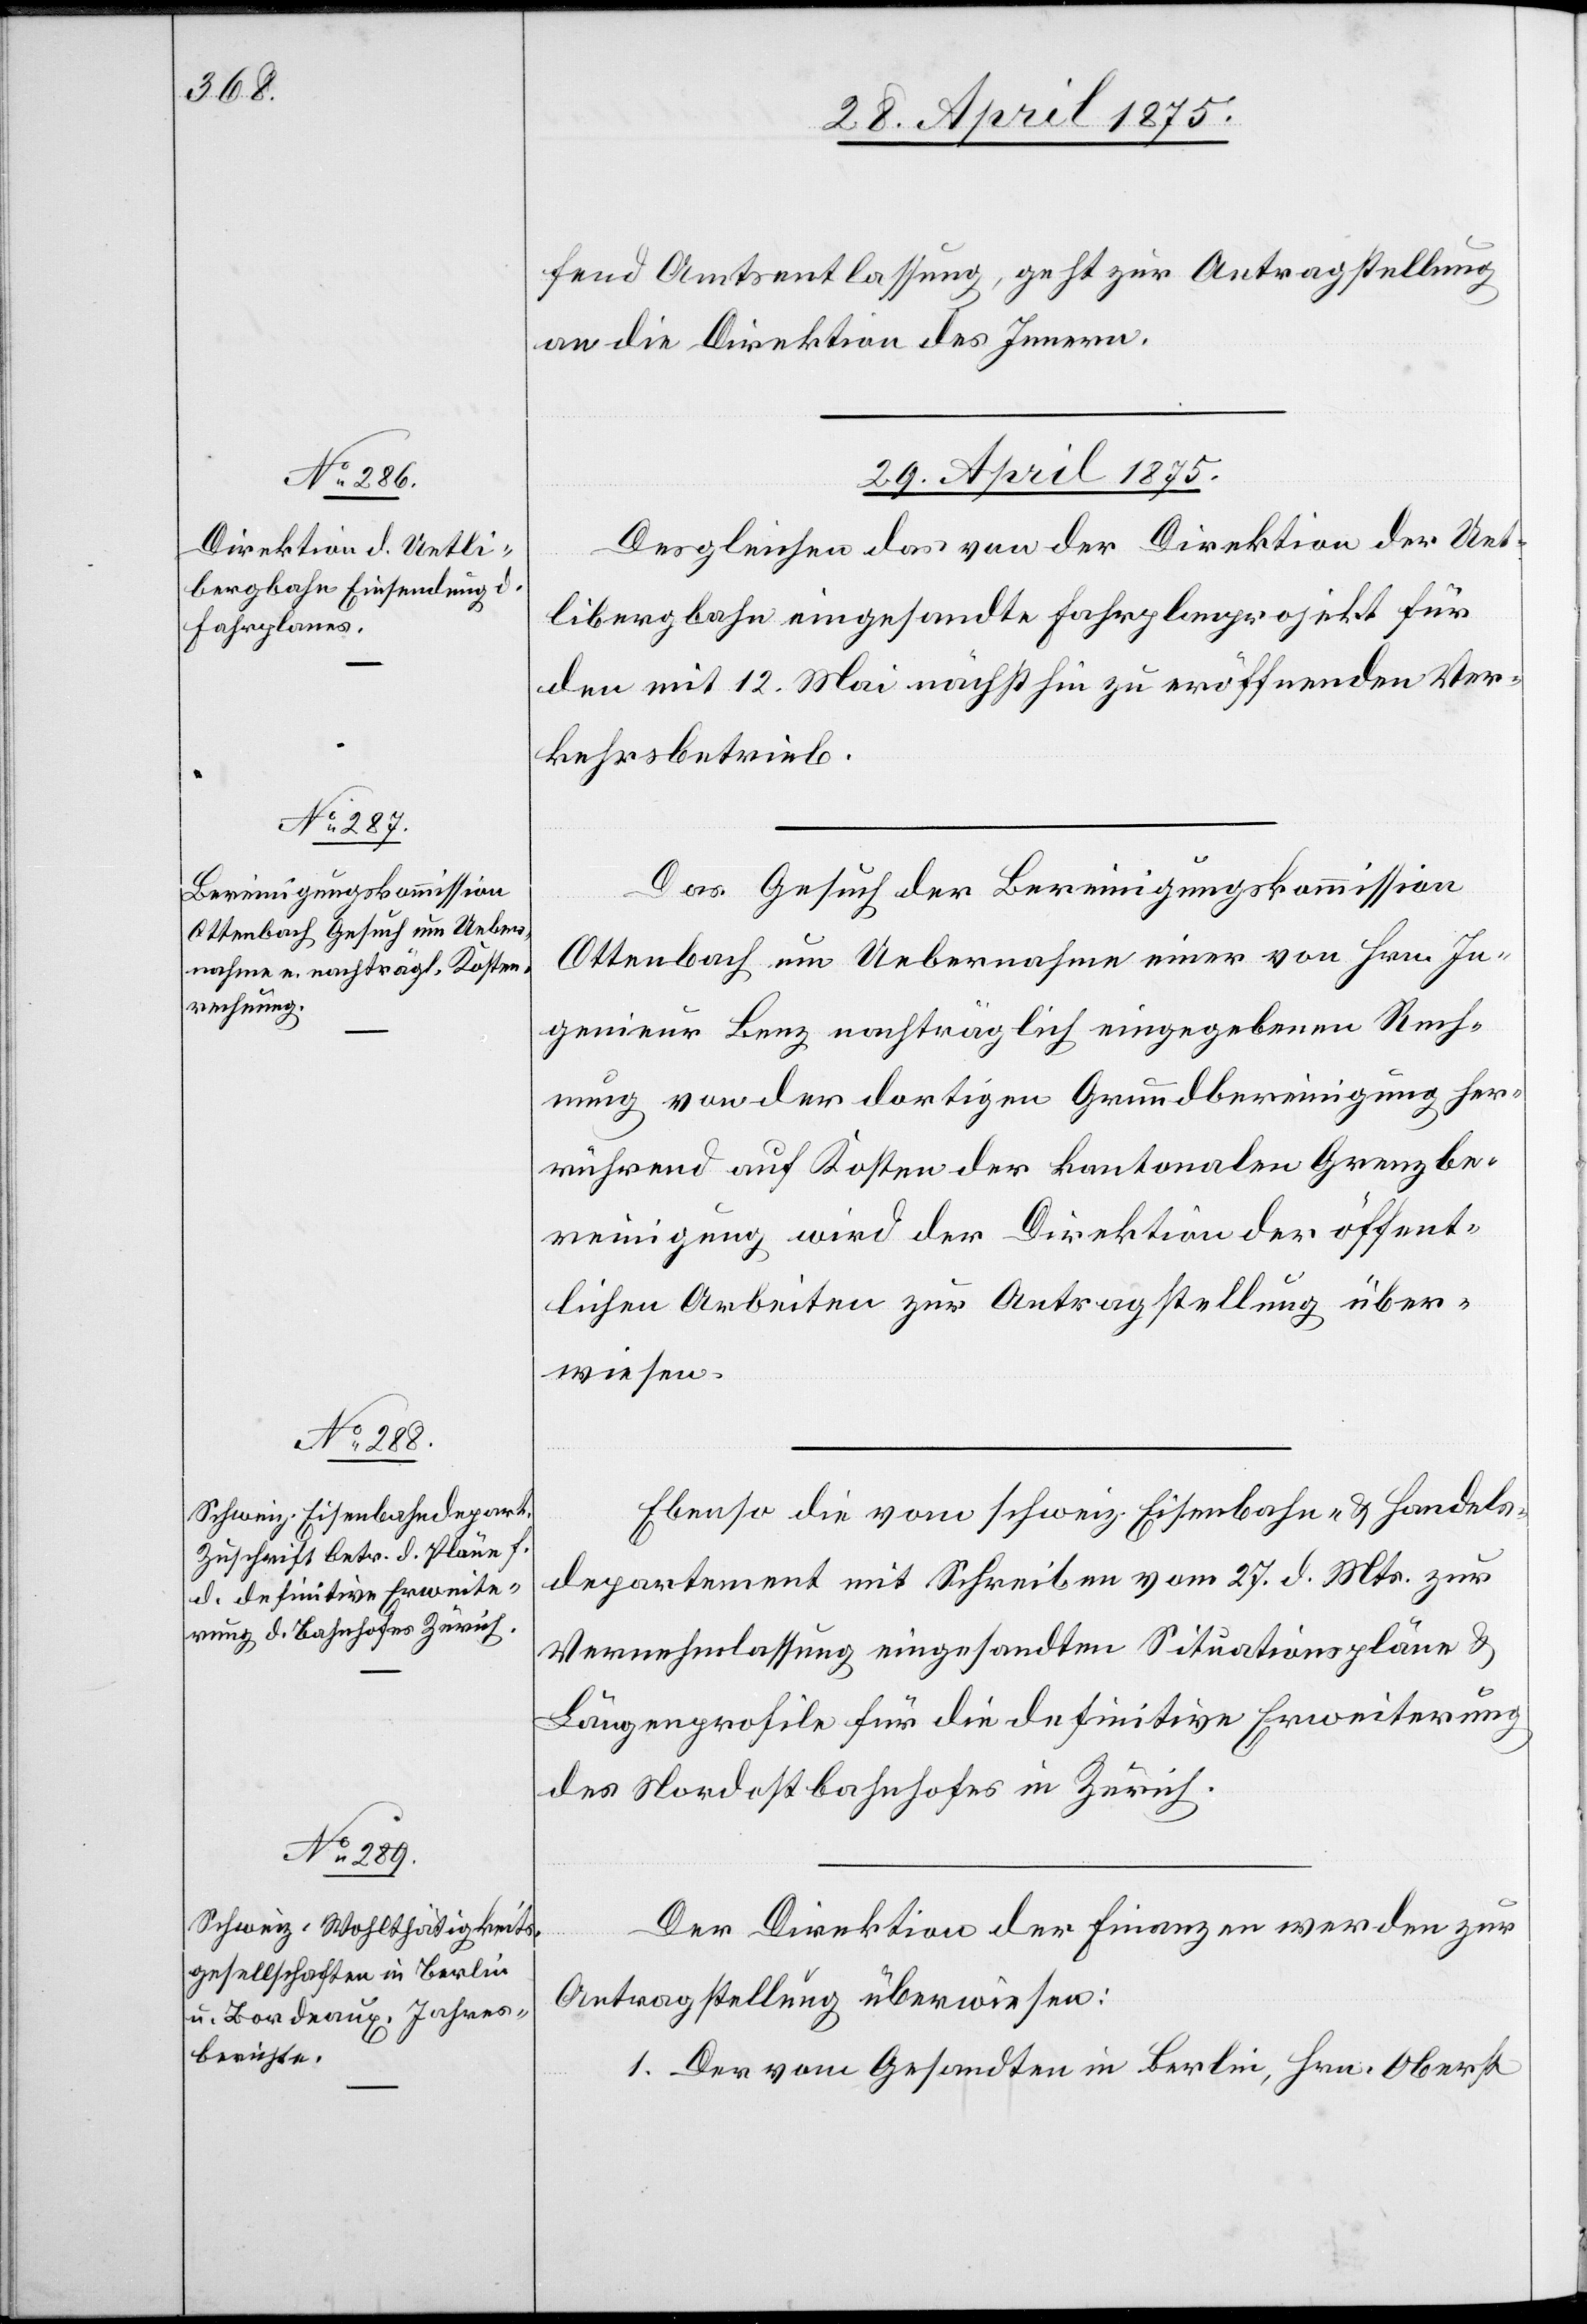
fend Amtsentlassung, geht zur Antragstellung
an die Direktion des Innern.
29. April 1875.]
Desgleichen das von der Direktion der Uet¬
libergbahn eingesandte Fahrplanprojekt für
den mit 12. Mai nächsthin zu eröffnenden Ver¬
kehrsbetrieb.
Das Gesuch der Bereinigungskommission
Ottenbach um Uebernahme einer von Hrn. In¬
genieur Lenz nachträglich eingegebenen Rech¬
nung von der dortigen Grundbereinigung her¬
rührend auf Kosten der kantonalen Grenzbe¬
reinigung wird der Direktion der öffent¬
lichen Arbeiten zur Antragstellung über¬
wiesen.
Ebenso die von schweiz. Eisenbahn- & Handels¬
departement mit Schreiben vom 27. d. Mts. zur
Vernehmlassung eingesandten Situationspläne &
Längenprofile für die definitive Erweiterung
des Nordostbahnhofes Zürich.
Der Direktion der Finanzen werden zur
Antragstellung überwiesen:
1. Der von Gesandten in Berlin, Hrn. Oberst